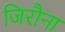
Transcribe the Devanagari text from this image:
जिरौना